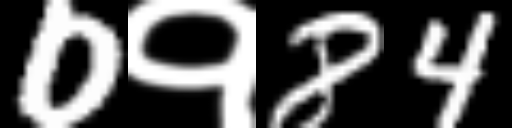
Text: 0१84